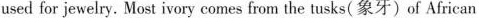
used for jewelry. Most ivory comes from the tusks(象牙)of African